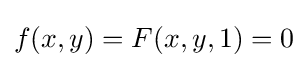
f(x,y)=F(x,y,1)=0